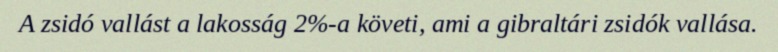
A zsidó vallást a lakosság 2%-a követi, ami a gibraltári zsidók vallása.